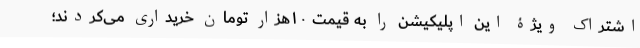
اشتراک ویژۀ این اپلیکیشن را به قیمت ۱۰هزار تومان خریداری می‌کردند؛